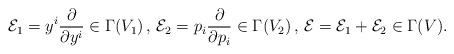
LaTeX: \begin{align*}\mathcal{E}_1=y^{i}\frac{\partial}{\partial y^{i}}\in\Gamma(V_1)\,,\,\mathcal{E}_2=p_i\frac{\partial}{\partial p_i}\in\Gamma(V_2)\,,\,\mathcal{E}=\mathcal{E}_1+\mathcal{E}_2\in\Gamma(V).\end{align*}